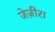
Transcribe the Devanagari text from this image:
जेज़ीरा